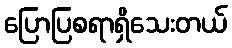
ပြောပြစရာရှိသေးတယ်